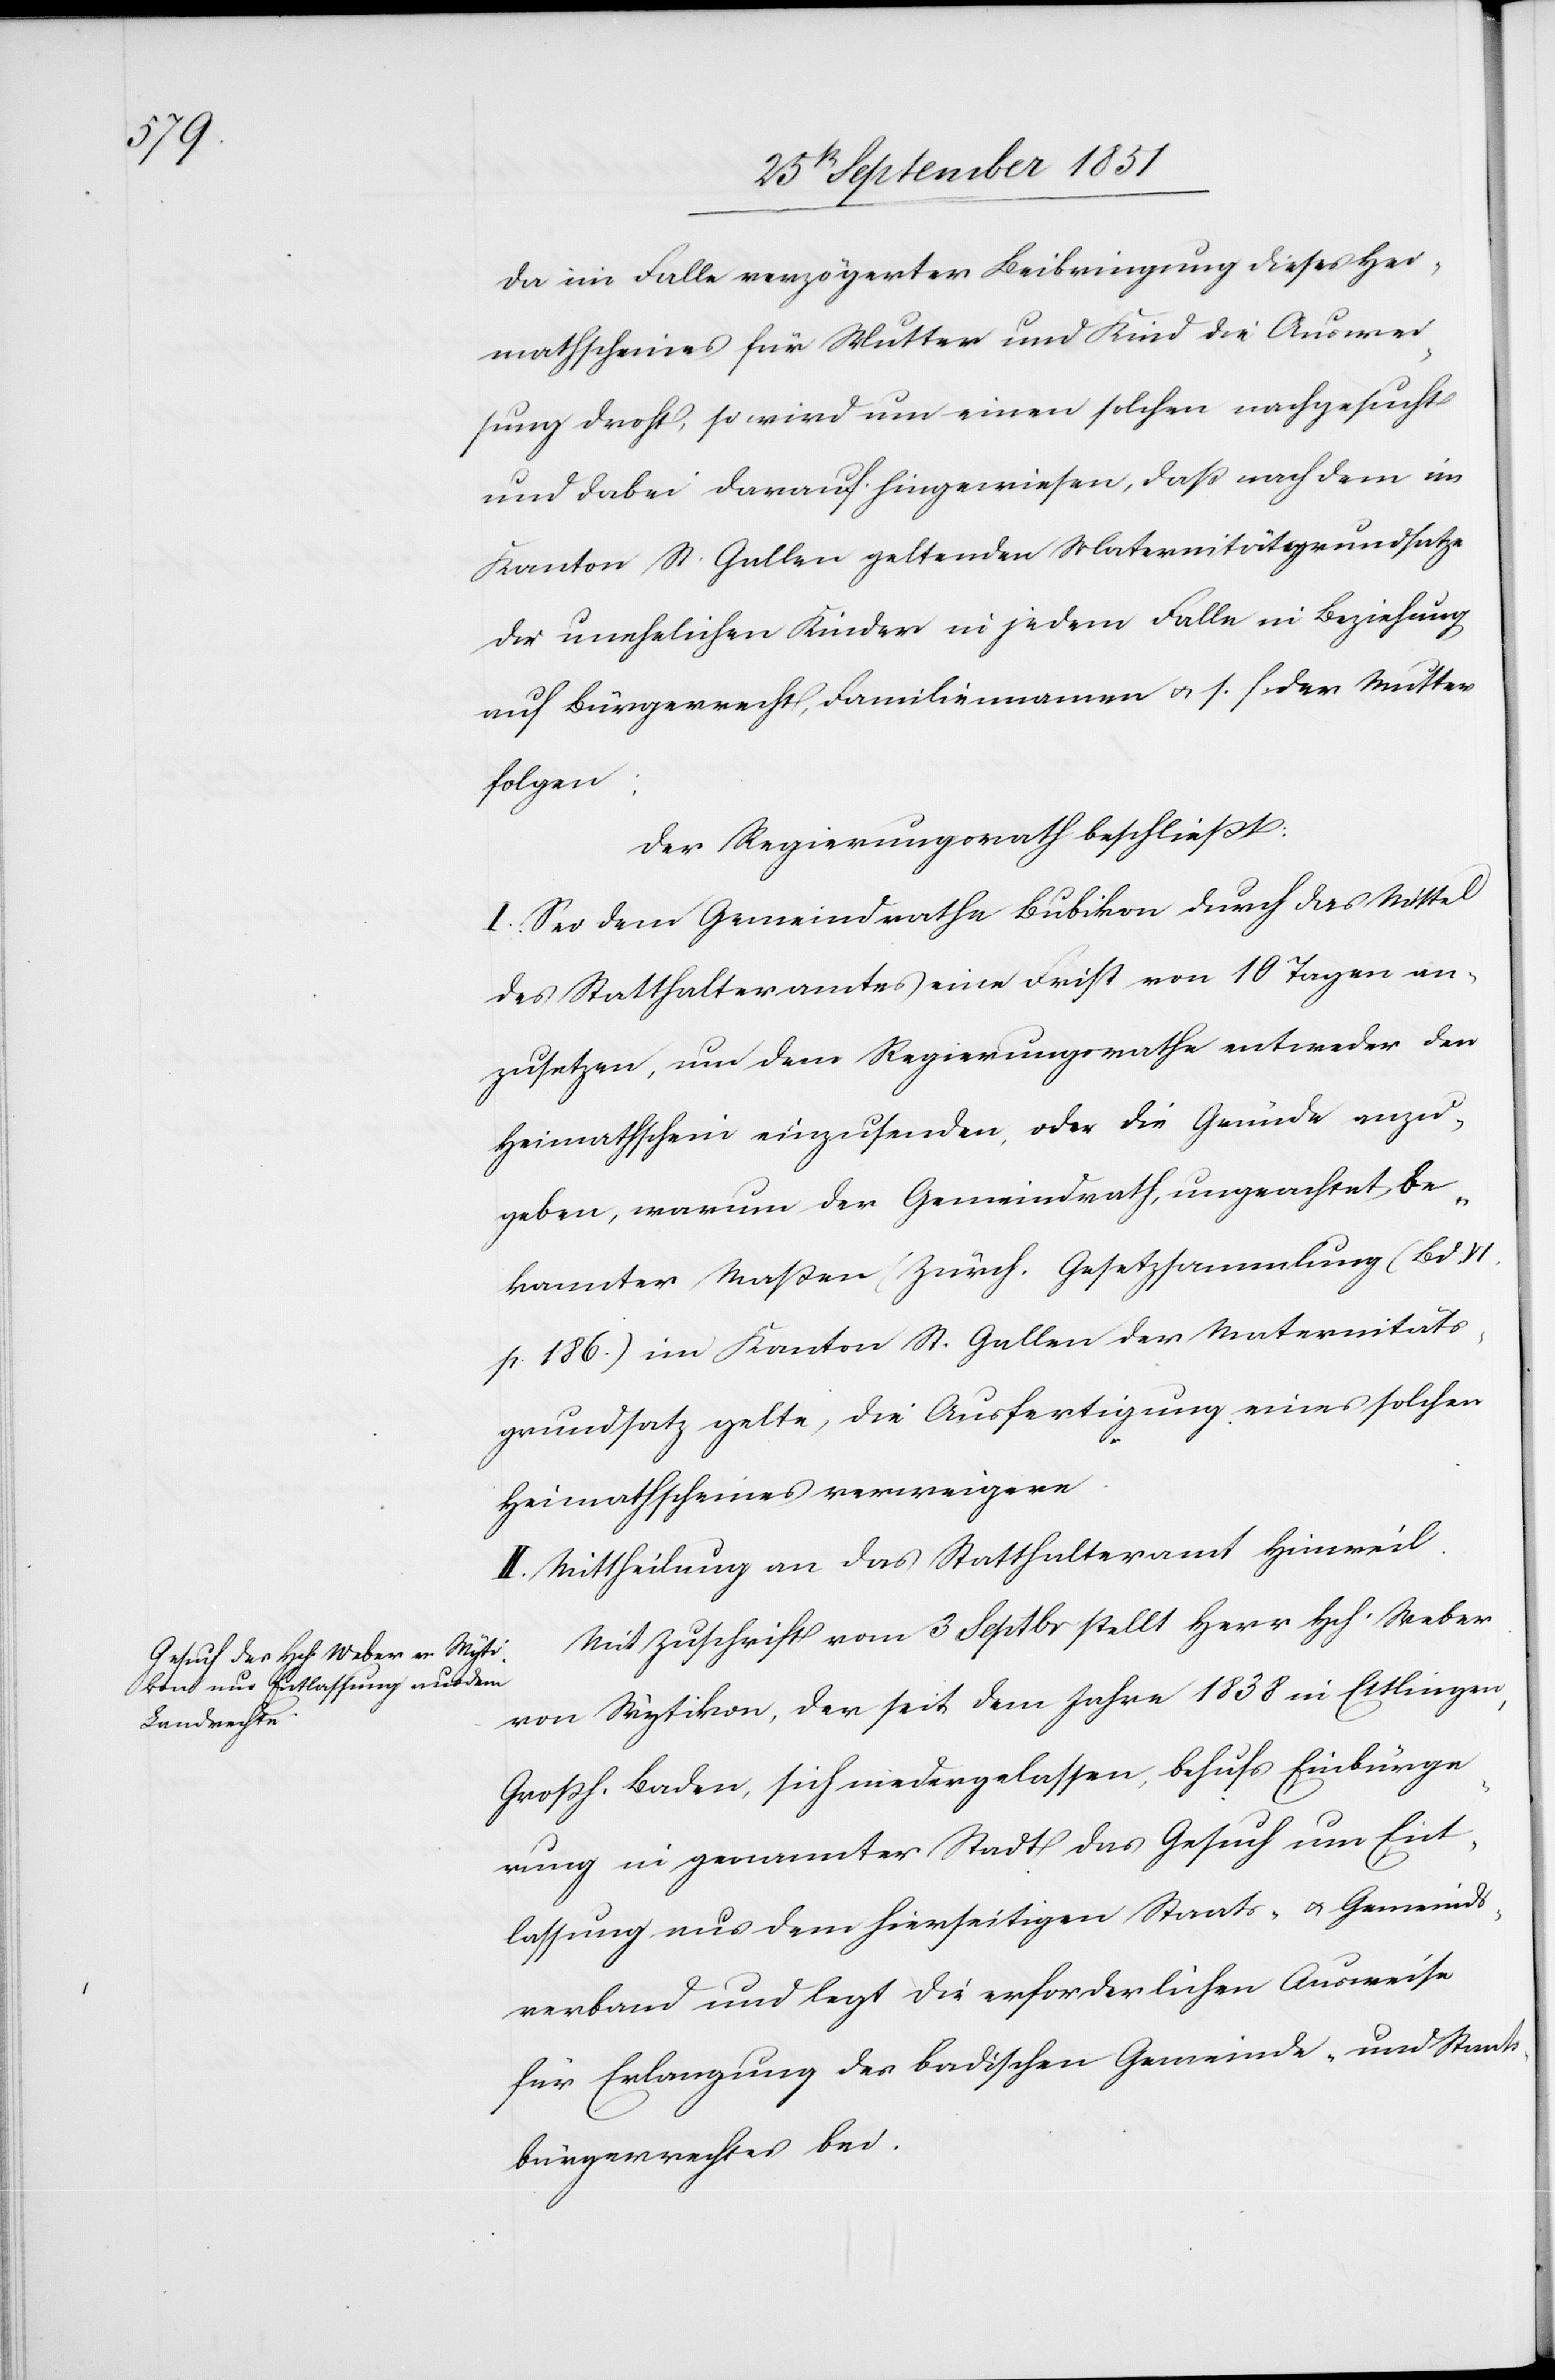
Da im Falle verzögerter Beibringung dieses Hei¬
mathscheines für Mutter und Kind die Auswei¬
sung droht, so wird um einen solchen nachgesucht
und dabei darauf hingewiesen, daß nach dem im
Kanton St. Gallen geltenden Maternitätsgrundsatze
die unehelichen Kinder in jedem Falle in Beziehung
auf Bürgerrecht, Familiennamen & s. f. der Mutter
folgen;
Der Regierungsrath beschließt:
I. Sei dem Gemeindrathe Bubikon durch das Mittel
des Statthalteramtes eine Frist von 10 Tagen an¬
zusetzen, um dem Regierungsrathe entweder den
Heimathschein einzusenden, oder die Gründe anzu¬
geben, warum der Gemeindrath, ungeachtet be¬
kannter Maßen (Zürch. Gesetzsammlung (Bd.
p. 186.)[)] im Kanton St. Gallen der Maternitäts¬
grundsatz gelte, die Ausfertigung eines solchen
Heimathscheines verweigere.
II. Mittheilung an das Statthalteramt Hinweil.
Mit Zuschrift vom 3 Septbr stellt Herr Hch. Weber
von Wytikon, der seit dem Jahre 1838 in Ettlingen,
Großh. Baden, sich niedergelassen, behufs Einbürge¬
rung in genannter Stadt das Gesuch um Ent¬
lassung aus dem hierseitigen Staats- & Gemeinds¬
verband und legt die erforderlichen Ausweise
für Erlangung des badischen Gemeinde- und Staats¬
bürgerrechtes bei.